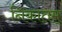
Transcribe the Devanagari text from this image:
निकातम्